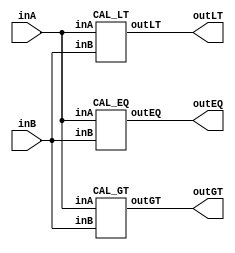
/* CSED273 lab2 experiment 1 */
/* lab2_1.v */

/* Unsimplifed equation
 * You are allowed to use keword "assign" and operator "&","|","~",
 * or just implement with gate-level-modeling (and, or, not) */
module lab2_1(
    output wire outGT, outEQ, outLT,
    input wire [1:0] inA,
    input wire [1:0] inB
    );

    CAL_GT cal_gt(outGT, inA, inB);
    CAL_EQ cal_eq(outEQ, inA, inB);
    CAL_LT cal_lt(outLT, inA, inB);
    
endmodule

/* Implement output about "A>B" */
module CAL_GT(
    output wire outGT,
    input wire [1:0] inA,
    input wire [1:0] inB
    );

    ////////////////////////
    /* Add your code here */
    wire A,B,C,D,E,F;
    and(A,~inB[1],~inB[0],~inA[1],inA[0]);
    and(B,~inB[1],~inB[0],inA[1],inA[0]);
    and(C,~inB[1],inB[0],inA[1],inA[0]);
    and(D,inB[1],~inB[0],inA[1],inA[0]);
    and(E,~inB[1],~inB[0],inA[1],~inA[0]);
    and(F,~inB[1],inB[0],inA[1],~inA[0]);
    
    or(outGT,A,B,C,D,E,F);
    ////////////////////////

endmodule

/* Implement output about "A=B" */
module CAL_EQ(
    output wire outEQ,
    input wire [1:0] inA, 
    input wire [1:0] inB
    );

    ////////////////////////
    /* Add your code here */
    wire A,B,C,D;
    and(A,inA[0],inA[1],inB[0],inB[1]);
    and(B,~inA[0],~inA[1],~inB[0],~inB[1]);
    and(C,~inA[0],inA[1],~inB[0],inB[1]);
    and(D,inA[0],~inA[1],inB[0],~inB[1]);
    or(outEQ,A,B,C,D);
    ////////////////////////

endmodule

/* Implement output about "A<B" */
module CAL_LT(
    output wire outLT,
    input wire [1:0] inA, 
    input wire [1:0] inB
    );

    ////////////////////////
    /* Add your code here */
    wire A,B,C,D,E,F;
    and(A,~inA[1],~inA[0],~inB[1],inB[0]);
    and(B,~inA[1],~inA[0],inB[1],inB[0]);
    and(C,~inA[1],inA[0],inB[1],inB[0]);
    and(D,inA[1],~inA[0],inB[1],inB[0]);
    and(E,~inA[1],~inA[0],inB[1],~inB[0]);
    and(F,~inA[1],inA[0],inB[1],~inB[0]);
    
    or(outLT,A,B,C,D,E,F);
    ////////////////////////

endmodule